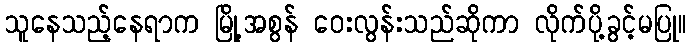
သူနေသည့်နေရာက မြို့အစွန် ဝေးလွန်းသည်ဆိုကာ လိုက်ပို့ခွင့်မပြု။